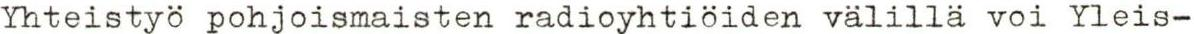
Yhteistyö pohjoismaisten radioyhtiöiden välillä voi Yleis-